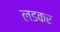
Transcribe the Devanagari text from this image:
लडकर